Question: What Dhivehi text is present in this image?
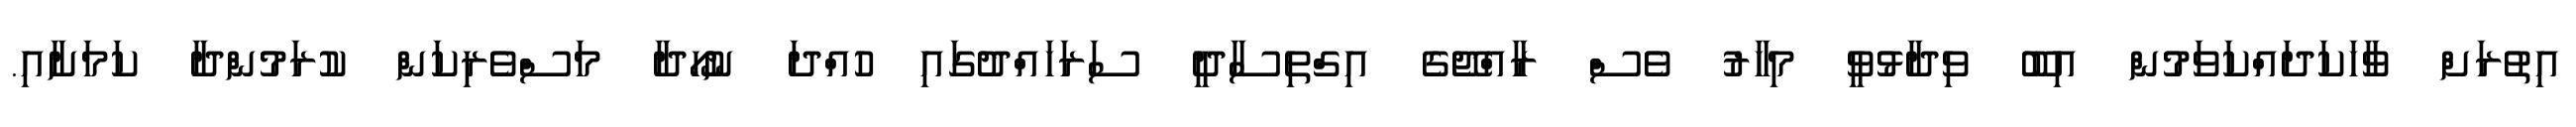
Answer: އިތުރަށް ވާހަކަދައްކަވަމުން އިބޫ ވިދާޅުވީ މިހާރު ވެސް ރާއްޖޭގެ އިގްތިސާދީ ސަރަހައްދުގައި ހުއްދަ ނުހޯދާ މަސްވެރިކަން ކުރަމުންދާ ކަމަށާއި.